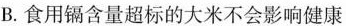
B.食用镉含量超标的大米不会影响健康